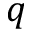
q